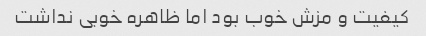
کیفیت و مزش خوب بود اما ظاهره خوبی نداشت